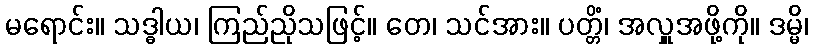
မရောင်း။ သဒ္ဓါယ၊ ကြည်ညိုသဖြင့်။ တေ၊ သင်အား။ ပတ္တိံ၊ အလှူအဖို့ကို။ ဒမ္မိ၊